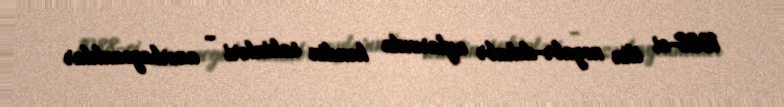
1988-ci ilin noyabr-dekabr aylarında kəndin sakinləri - azərbaycanlılar